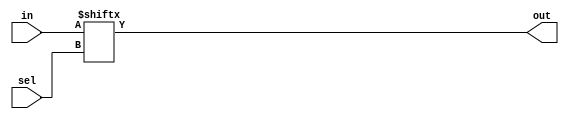
//modeling of 16_to_1 mux using 4_ to_1 mux(source code)
module mux4to1 (in,sel,out);     // behavioural modeling of 4_to_1 mux  
input[3:0] in;                   //input
input[1:0] sel;                  //input
output out;                      //output
assign out = in[sel];            //conditional statement
endmodule
module mux16to1 (in,sel,out);    //structural modeling of 16_to_1 mux
input[15:0] in;                  //input
input[3:0] sel;
output out;                      //output
wire [3:0] t;                    //inteconnection
mux4to1 M0(in[3:0], sel[1:0], t[0]);       //instantiating 5 4_to_1 mux
mux4to1 M1(in[7:4], sel[1:0], t[1]);
mux4to1 M2(in[11:8], sel[1:0], t[2]);
mux4to1 M3(in[15:12], sel[1:0], t[3]);
mux4to1 M4(t, sel[3:2], out);
endmodule